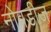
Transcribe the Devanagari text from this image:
नोबडीज